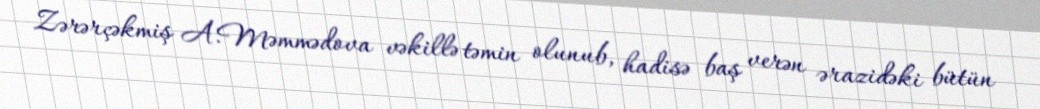
Zərərçəkmiş A.Məmmədova vəkillə təmin olunub, hadisə baş verən ərazidəki bütün